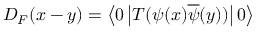
D _ { F } ( x - y ) = \left\langle 0 \left| T ( \psi ( x ) { \overline { { \psi } } } ( y ) ) \right| 0 \right\rangle